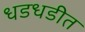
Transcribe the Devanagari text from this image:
धडधडीत